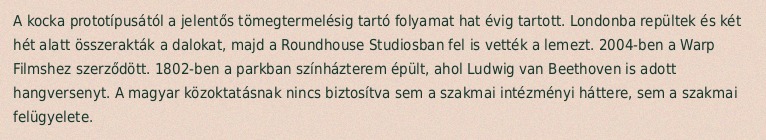
A kocka prototípusától a jelentős tömegtermelésig tartó folyamat hat évig tartott. Londonba repültek és két hét alatt összerakták a dalokat, majd a Roundhouse Studiosban fel is vették a lemezt. 2004-ben a Warp Filmshez szerződött. 1802-ben a parkban színházterem épült, ahol Ludwig van Beethoven is adott hangversenyt. A magyar közoktatásnak nincs biztosítva sem a szakmai intézményi háttere, sem a szakmai felügyelete.